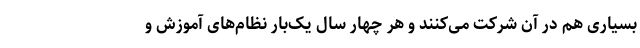
بسیاری هم در آن شرکت می‌کنند و هر چهار سال یک‌بار نظام‌های آموزش و